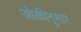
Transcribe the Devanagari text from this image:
ओळीनुसार